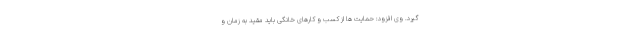
گیرد. وی افزود: حمایت ها از کسب و کارهای خانگی باید مقید به زمان و